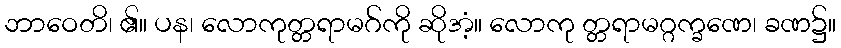
ဘာဝေတိ၊ ၏။ ပန၊ လောကုတ္တရာမဂ်ကို ဆိုအံ့။ လောကု တ္တရာမဂ္ဂက္ခဏေ၊ ခဏ၌။